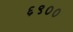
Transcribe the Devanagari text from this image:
६९००